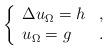
LaTeX: \begin{align*} \left\{\begin{array}{ll} \Delta u_\Omega= h & , \\ u_\Omega= g & . \end{array}\right.\end{align*}